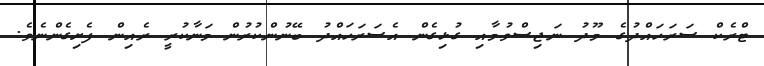
ޓްރެކް ސަރަހައްދުގެ މޫދު ނަޖިސްވުމާއި ގުޅިގެން އެސަރަހައްދު ބޭނުންކުރުން މަނާކުރީ ރެއިން ފެށިގެންނެވެ.